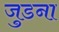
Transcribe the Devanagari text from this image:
जुडना